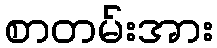
စာတမ်းအား